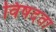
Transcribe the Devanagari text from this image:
विषदता